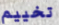
تخييم